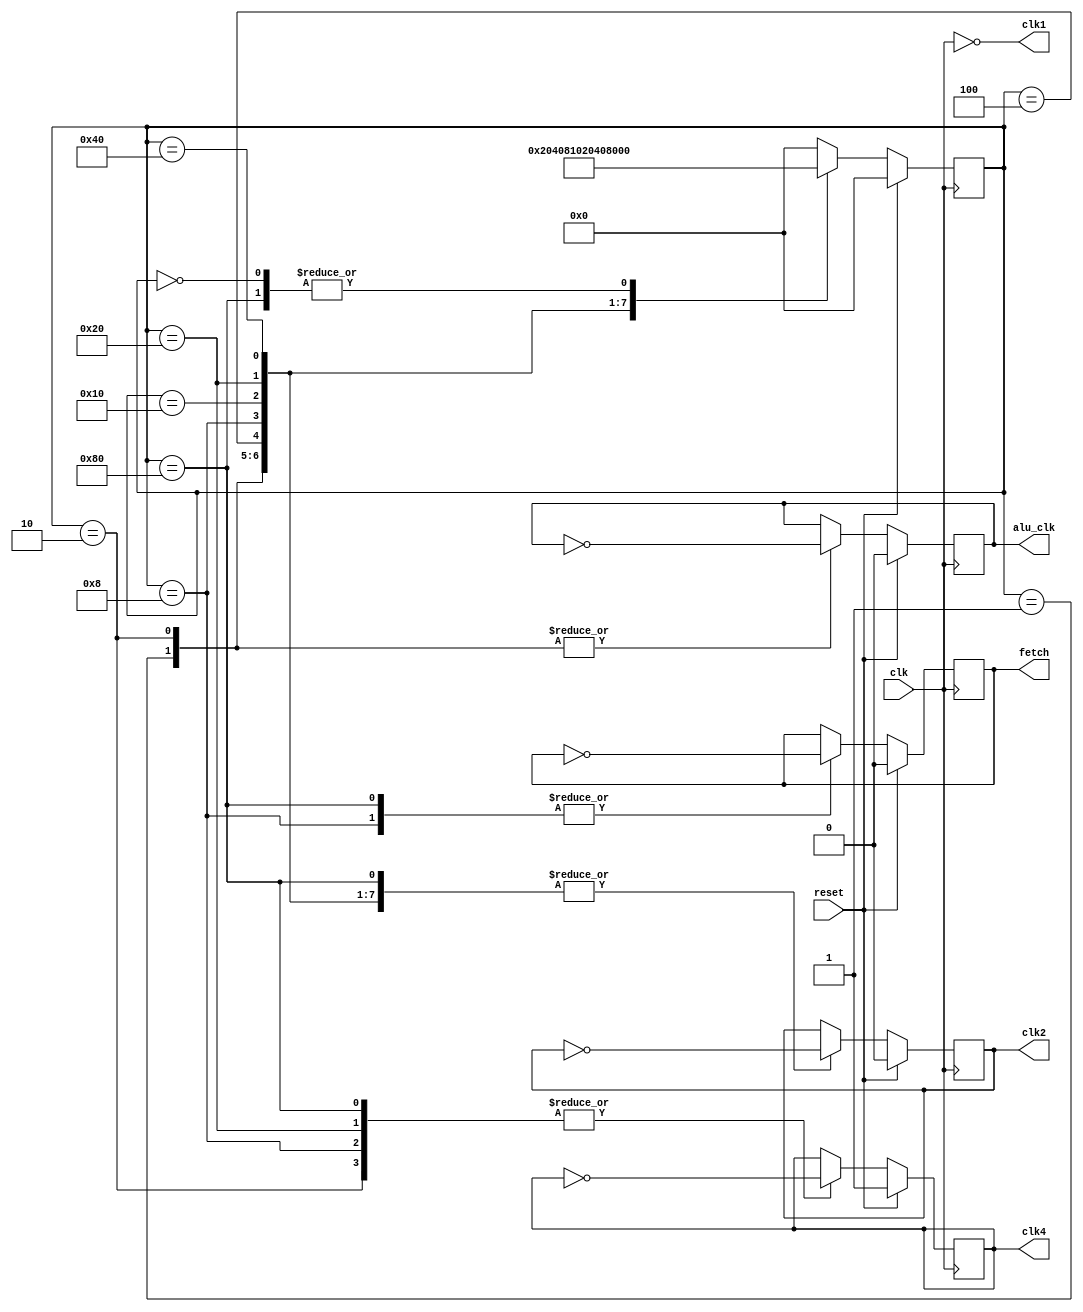
module clk_gen (clk,reset,clk1,clk2,clk4,fetch,alu_clk);
input clk,reset;
output clk1,clk2,clk4,fetch,alu_clk;
wire clk,reset;
reg clk2,clk4,fetch,alu_clk;
reg[7:0] state;
parameter    S1 = 8'b00000001,
             S2 = 8'b00000010,
             S3 = 8'b00000100,
             S4 = 8'b00001000,
             S5 = 8'b00010000,
             S6 = 8'b00100000,
             S7 = 8'b01000000,
             S8 = 8'b10000000,
           idle = 8'b00000000;
                 
assign clk1 = ~clk;

always @(negedge clk)
   if(reset)
           begin
                clk2 <= 0;
                clk4 <= 1;
                fetch  <= 0;
                alu_clk <= 0;
                state <= idle;
           end
   else
           begin 
              case(state)
                 S1:
                      begin
                            clk2 <= ~clk2;
                         alu_clk <= ~alu_clk;                
                           state <= S2;
                      end
                 S2:
                      begin
                          clk2 <= ~clk2;
                          clk4 <= ~clk4;
                       alu_clk <= ~alu_clk;
                         state <= S3;
                      end
                 S3:
                      begin   
                          clk2 <= ~clk2;
                         state <= S4;
                      end
                 S4:
                      begin
                          clk2  <= ~clk2;
                          clk4  <= ~clk4;
                          fetch <= ~fetch;
                          state <= S5;
                      end
                 S5:
                       begin
                          clk2  <= ~clk2;
                          state <= S6;
                       end
                 S6:
                       begin
                           clk2  <= ~clk2;
                            clk4 <= ~clk4;
                           state <= S7;
                        end
                 S7:
                        begin
                             clk2  <= ~clk2;
                             state <=  S8;
                        end
                 S8:
                        begin
                             clk2 <= ~clk2;
                            clk4  <= ~clk4;
                            fetch <= ~fetch;
                            state <= S1;
                        end
                idle:       state <= S1;   
                default:    state <= idle;               
            endcase
     end
endmodule